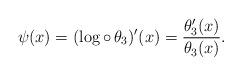
LaTeX: \begin{align*}\psi(x) = (\log \circ \, \theta_3)'(x) = \frac{\theta_3'(x)}{\theta_3(x)}.\end{align*}